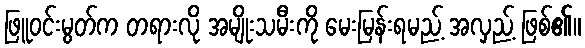
ဖြူဝင်းမွတ်က တရားလို အမျိုးသမီးကို မေးမြန်းရမည့် အလှည့် ဖြစ်၏။